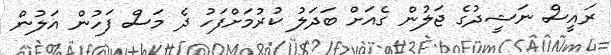
ރައީސް ނަޝީދުގެ ޖަލުން ގެއަށް ބަދަލު ކުރުމަށްފަހު ދެ މަސް ފަހުން އަލުން